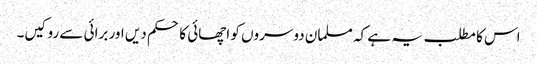
اس کا مطلب یہ ہے کہ مسلمان دوسروں کو اچھائی کا حکم دیں اور برائی سے روکیں۔